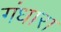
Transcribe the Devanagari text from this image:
गंधारा